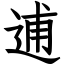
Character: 逋